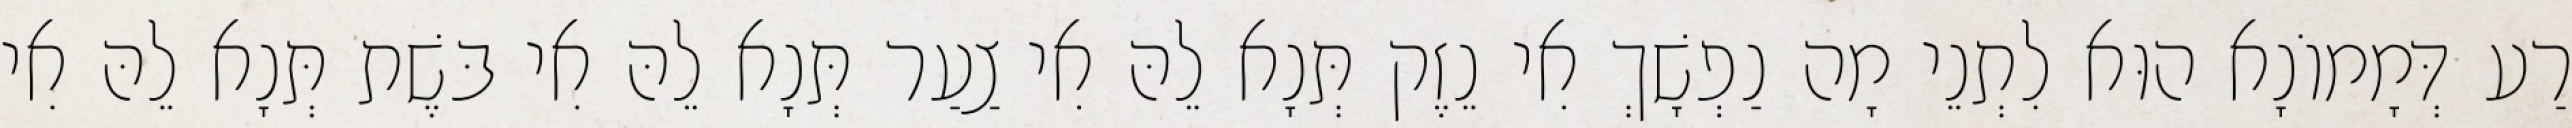
רַע דְּמָמוֹנָא הוּא לִתְנֵי מָה נַפְשָׁךְ אִי נֵזֶק תְּנָא לֵהּ אִי צַעַר תְּנָא לֵהּ אִי בּשֶׁת תְּנָא לֵהּ אִי